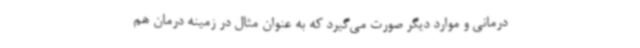
درمانی و موارد دیگر صورت می‌گیرد که به عنوان مثال در زمینه درمان هم